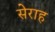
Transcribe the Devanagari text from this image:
सेराह